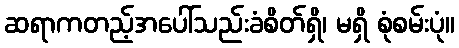
ဆရာကတည့်အပေါ်သည်းခံစိတ်ရှိ၊ မရှိ စုံစမ်းပုံ။